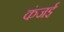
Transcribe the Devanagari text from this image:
कंजई